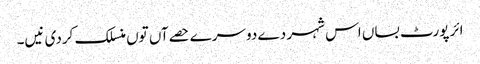
ائر پورٹ بساں اس شہر دے دوسرے حصےآں تو‏ں منسلک کردی نیں۔